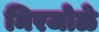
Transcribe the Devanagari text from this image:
मिरजोळे